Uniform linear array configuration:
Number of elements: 32
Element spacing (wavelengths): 0.5
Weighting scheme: hamming
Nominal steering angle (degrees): -45
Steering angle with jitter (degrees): -45.411
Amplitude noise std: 0.05
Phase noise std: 0.05

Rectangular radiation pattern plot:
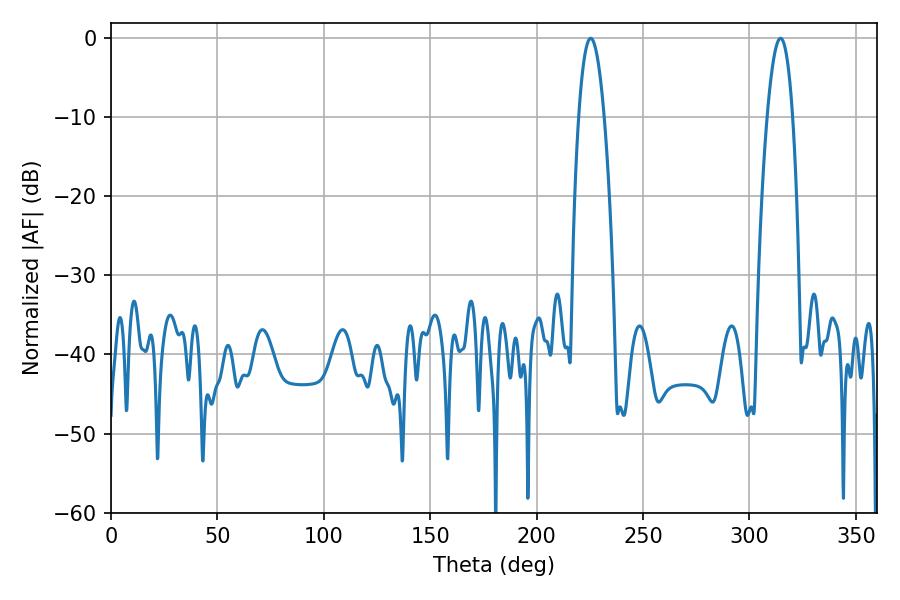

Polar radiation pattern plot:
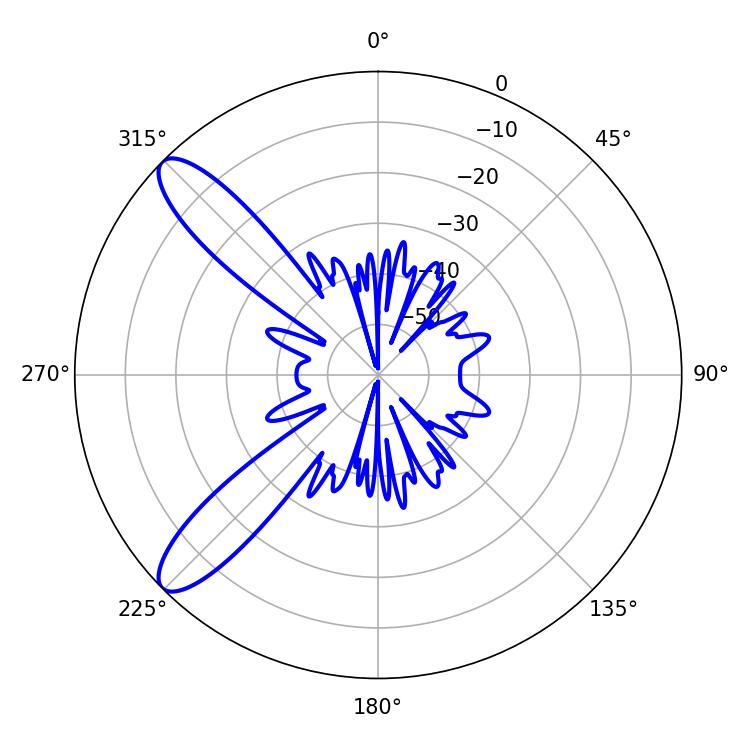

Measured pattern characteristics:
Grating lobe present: FALSE
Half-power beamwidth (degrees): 6.66
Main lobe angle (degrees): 225.36